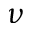
\nu